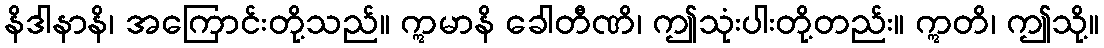
နိဒါနာနိ၊ အကြောင်းတို့သည်။ ဣမာနိ ခေါတီဏိ၊ ဤသုံးပါးတို့တည်း။ ဣတိ၊ ဤသို့။